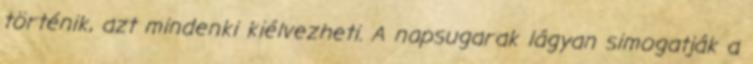
történik, azt mindenki kiélvezheti. A napsugarak lágyan simogatják a